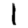
Digit: 1